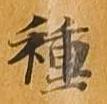
種